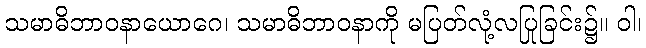
သမာဓိဘာဝနာယောဂေ၊ သမာဓိဘာဝနာကို မပြတ်လုံ့လပြုခြင်း၌။ ဝါ၊